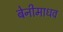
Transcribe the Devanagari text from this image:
बेनीमाधव